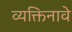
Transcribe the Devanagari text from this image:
व्यक्तिनावे